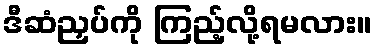
ဒီဆံညှပ်ကို ကြည့်လို့ရမလား။